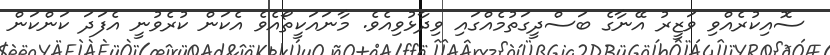
ސޮއިކުރެއްވި ވަޒީރު އޭނާގެ ބަސްދީގަތުމެއްގައި ވިދާޅުވިއެވެ. މާނައަކީތޯއެވެ އެކަން ކުރެވުނީ އެފަދަ ކަންކަން